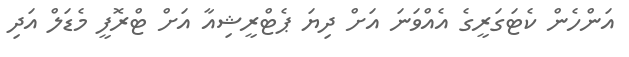
އަންހެން ކެޓަގަރީގެ އެއްވަނަ އަށް ދިޔަ ޕެޓްރީޝިއާ އަށް ޓްރޮފީ މެޑަލް އަދި